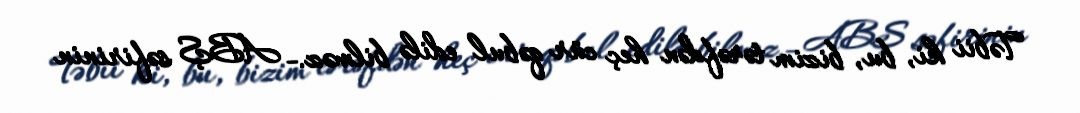
Təbii ki, bu, bizim tərəfdən heç cür qəbul edilə bilməz.- ABŞ səfirinin